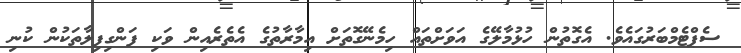
ސެޕްޓެމްބަރުގައެވެ. އެގޮތުން ހުޅުމާލޭގެ އަވަށްތައް ހިމެނޭގޮތަށް އިމާރާތުގެ އެތެރެއިން ވަކި ފަންގިފިލާތަކުން ކުނި